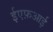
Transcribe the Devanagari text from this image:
ईएफ़आई